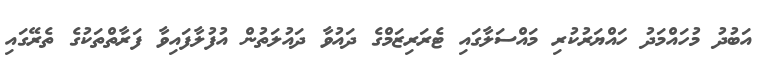
އަބުދު މުހައްމަދު ހައްޔަރުކުރި މައްސަލާގައި ޓެރަރިޒަމްގެ ދައުވާ ދައުލަތުން އުފުލާފައިވާ ފަރާތްތަކުގެ ތެރޭގައި